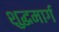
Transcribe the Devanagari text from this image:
शुद्धमार्ग